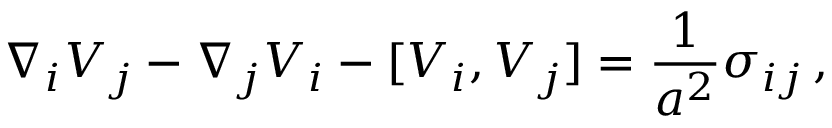
\nabla _ { i } V _ { j } - \nabla _ { j } V _ { i } - [ V _ { i } , V _ { j } ] = \frac { 1 } { a ^ { 2 } } \sigma _ { i j } \, ,